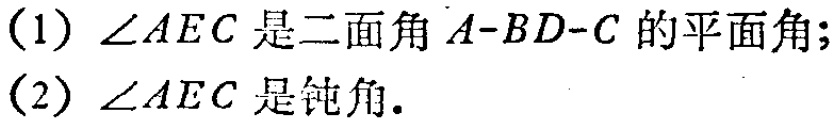
(1) \(\angle AEC\) 是二面角 \(A - BD - C\) 的平面角；
(2) \(\angle AEC\) 是钝角.